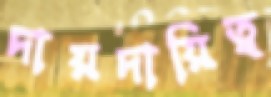
দায়দায়িত্ব